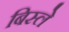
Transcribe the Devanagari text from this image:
बिस्ले